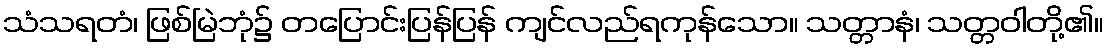
သံသရတံ၊ ဖြစ်မြဲဘုံ၌ တပြောင်းပြန်ပြန် ကျင်လည်ရကုန်သော။ သတ္တာနံ၊ သတ္တဝါတို့၏။